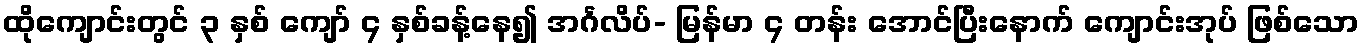
ထိုကျောင်းတွင် ၃ နှစ် ကျော် ၄ နှစ်ခန့်နေ၍ အင်္ဂလိပ်- မြန်မာ ၄ တန်း အောင်ပြီးနောက် ကျောင်းအုပ် ဖြစ်သော